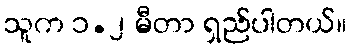
သူက ၁.၂ မီတာ ရှည်ပါတယ်။